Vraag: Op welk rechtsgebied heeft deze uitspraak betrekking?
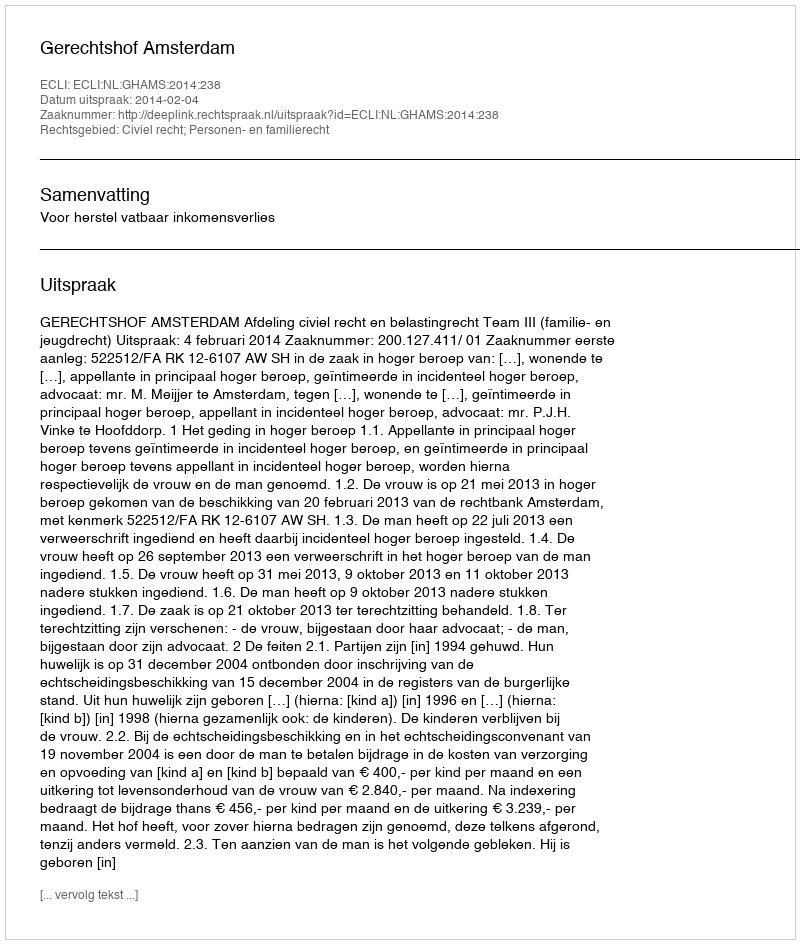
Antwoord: Civiel recht; Personen- en familierecht